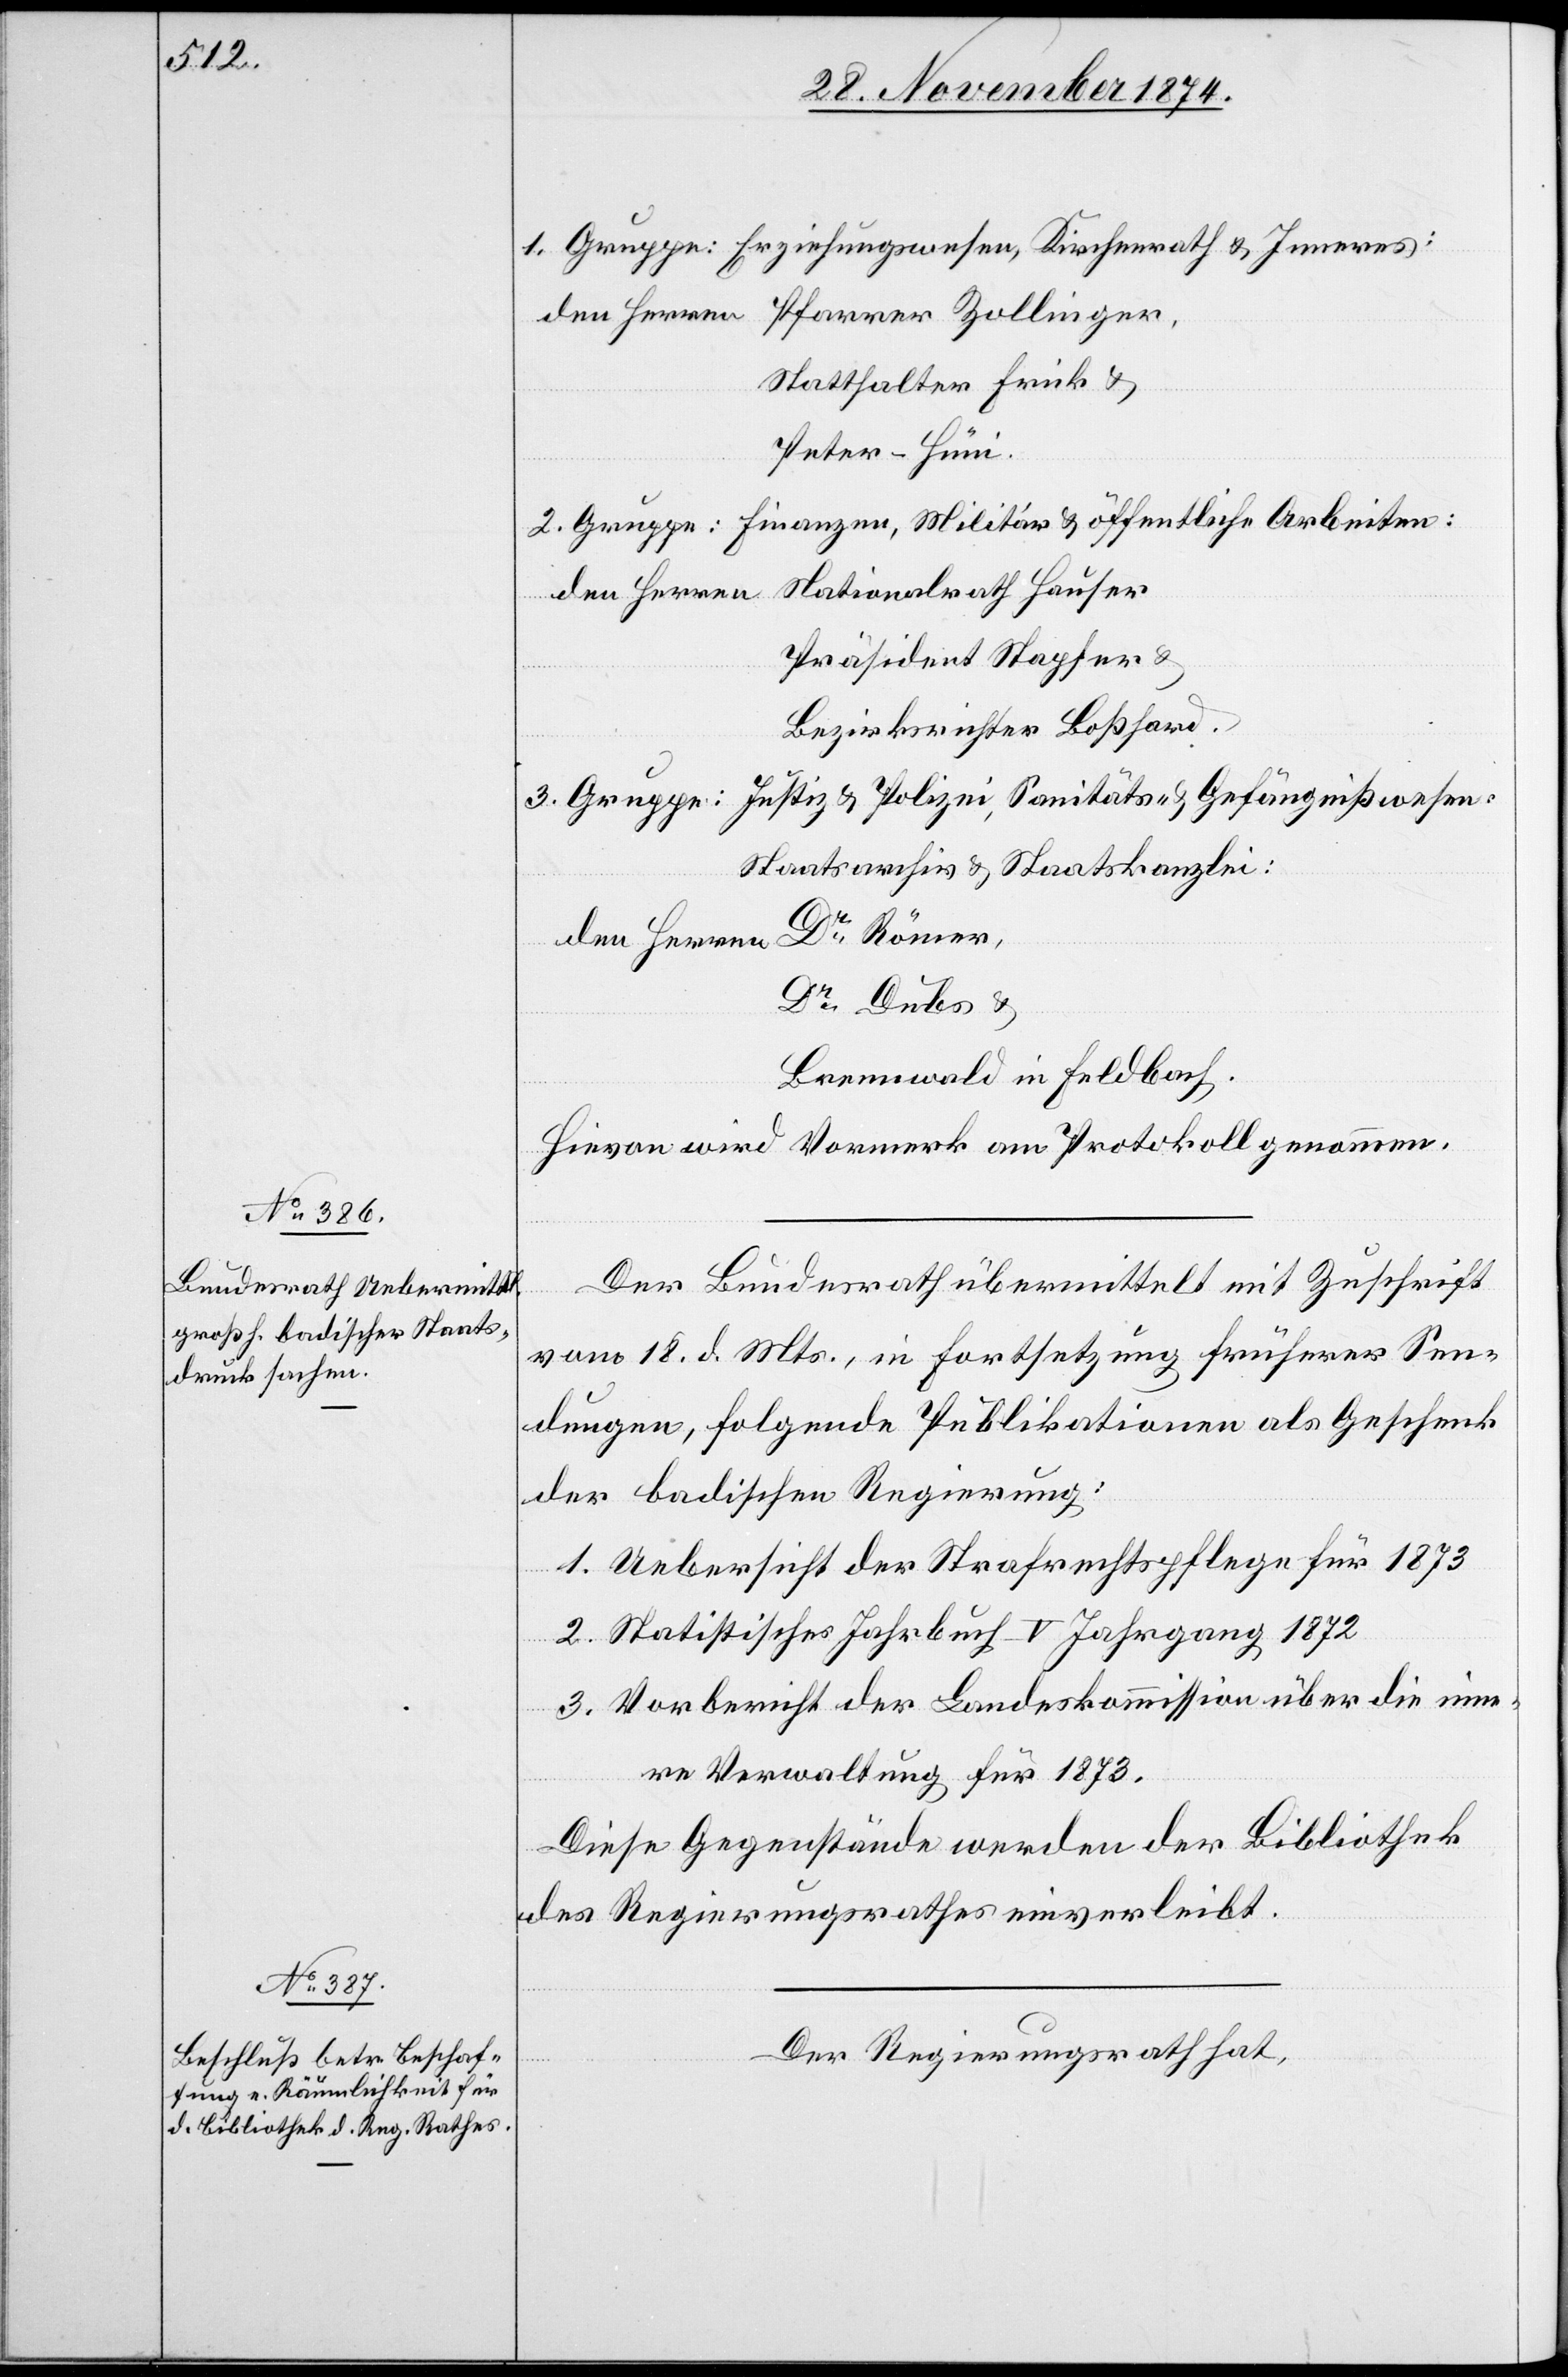
1. Gruppe: Erziehungswesen, Kirchenrath & Inneres:
den Herren
Pfarrer Zollinger,
Statthalter Frick &
Peter-Hünig.
2. Gruppe: Finanzen, Militär & öffentliche Arbeiten:
Nationalrath Hauser
den Herren
Präsident Stapfer &
Bezirksrichter Boßhard.
Justiz & Polizei, Sanitäts- & Gefängnißwesen,
3. Gruppe:
Staatsarchiv & Staatskanzlei:
Dr Römer,
Dr Dubs &
Brennwald in Feldbach.
Hievon wird Vormerk am Protokoll genommen.
Der Bundesrath übermittelt mit Zuschrift
vom 18. d. Mts., in Fortsetzung früherer Sen¬
dungen, folgende Publikationen als Geschenk
der badischen Regierung:
1. Uebersicht der Strafrechtspflege für 1873
2. Statistisches Jahrbuch V Jahrgang 1872
3. Vorbericht der Landeskommission über die inne¬
re Verwaltung für 1873.
Diese Gegenstände werden der Bibliothek
des Regierungsrathes einverleibt.
Der Regierungsrath hat,